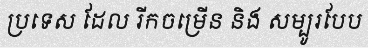
ប្រទេស ដែល រីកចម្រើន និង សម្បូរបែប